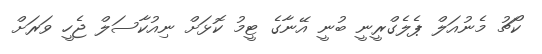
ކޯޗު މެނުއަލް ޕެލެގްރީނީ ބުނީ އޭނާގެ ޓީމު ކޮޅަށް ނިއުކާސަލް ޖެހީ ވަރަށް